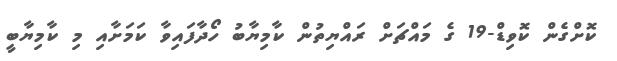
ކޮށްގެން ކޮވިޑް-19 ގެ މައްޗަށް ރައްޔިތުން ކާމިޔާބު ހޯދާފައިވާ ކަމަށާއި މި ކާމިޔާބީ